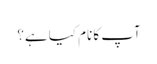
آپ کا نام کیا ہے؟